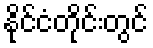
နိုင်ငံတိုင်းတွင်